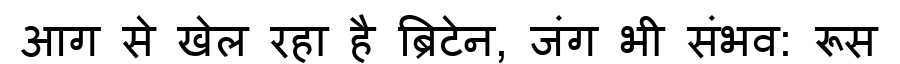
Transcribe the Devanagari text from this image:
आग से खेल रहा है ब्रिटेन, जंग भी संभव: रूस